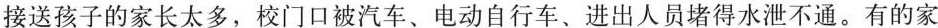
接送孩子的家长太多，校门口被汽车、电动自行车、进出人员堵得水泄不通。有的家